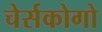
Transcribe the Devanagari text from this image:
चेर्सकोगो